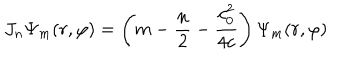
LaTeX: J _ { n } \Psi _ { m } ( r , \varphi ) = \left( m - \frac n 2 - \frac { c _ { 0 } ^ { 2 } } { 4 c } \right) \Psi _ { m } ( r , \varphi )